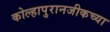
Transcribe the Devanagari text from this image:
कोल्हापुरानजीकच्या